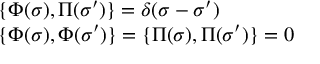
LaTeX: \begin{array} { l l } { { \{ \Phi ( \sigma ) , \Pi ( \sigma ^ { \prime } ) \} = \delta ( \sigma - \sigma ^ { \prime } ) } } \\ { { \{ \Phi ( \sigma ) , \Phi ( \sigma ^ { \prime } ) \} = \{ \Pi ( \sigma ) , \Pi ( \sigma ^ { \prime } ) \} = 0 } } \end{array}